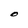
Character: O